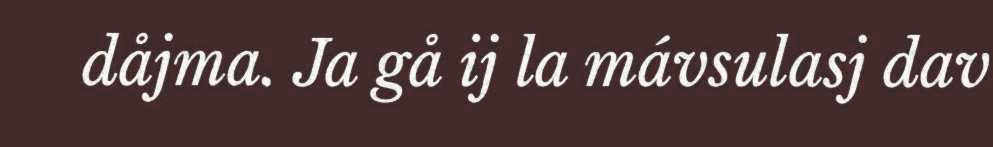
dåjma. Ja gå ij la mávsulasj dav